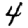
Digit: 4